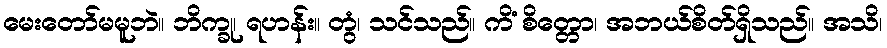
မေးတော်မမူဘဲ။ ဘိက္ခု၊ ရဟန်း။ တွံ၊ သင်သည်။ ကိံ စိတ္တော၊ အဘယ်စိတ်ရှိသည်။ အသိ၊